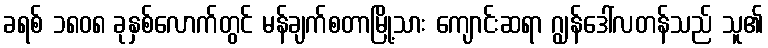
ခရစ် ၁၈၀၈ ခုနှစ်လောက်တွင် မန်ချက်စတာမြို့သား ကျောင်းဆရာ ဂျွန်ဒေါ်လတန်သည် သူ၏